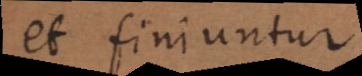
et finiuntur.